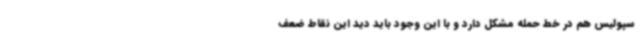
سپولیس هم در خط حمله مشکل دارد و با این وجود باید دید این نقاط ضعف